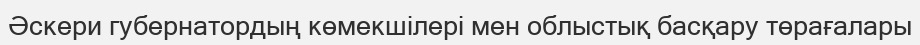
Әскери губернатордың көмекшілері мен облыстық басқару төрағалары